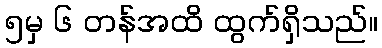
၅မှ ၆ တန်အထိ ထွက်ရှိသည်။